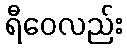
ရီဝေလည်း